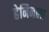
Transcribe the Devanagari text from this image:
हेनिनला